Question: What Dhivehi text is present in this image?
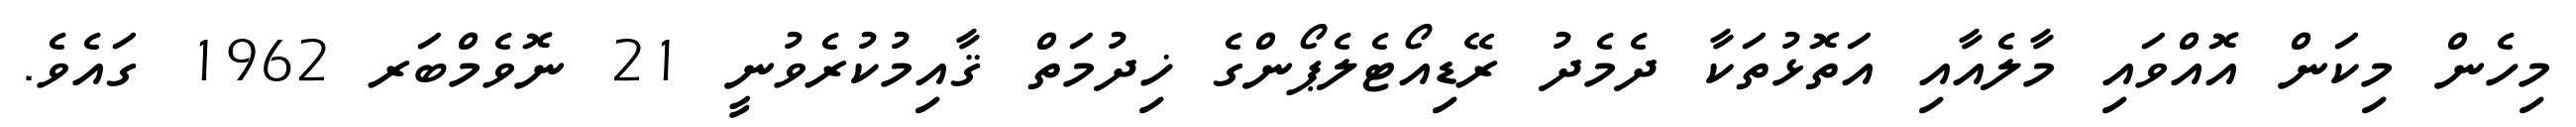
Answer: މިހެން މިކަން އޮއްވައި މާލެއާއި އަތޮޅުތަކާ ދެމެދު ރޭޑިއޯޓެލެޕޯންގެ ޚިދުމަތް ޤާއިމުކުރެވުނީ 21 ނޮވެމްބަރ 1962 ގައެވެ.